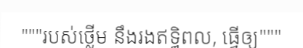
"""របស់ថ្លើម នឹងរងឥទ្ធិពល, ធ្វើឲ្យ"""